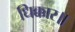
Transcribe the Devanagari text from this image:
धिक्कार॥